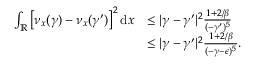
\begin{array} { r l } { \int _ { \mathbb { R } } \left[ \nu _ { x } ( \gamma ) - \nu _ { x } ( \gamma ^ { \prime } ) \right] ^ { 2 } \mathrm { d } x } & { \leq \vert \gamma - \gamma ^ { \prime } \vert ^ { 2 } \frac { 1 + 2 / \beta } { ( - \gamma ^ { \prime } ) ^ { 5 } } } \\ & { \leq \vert \gamma - \gamma ^ { \prime } \vert ^ { 2 } \frac { 1 + 2 / \beta } { ( - \gamma - \epsilon ) ^ { 5 } } . } \end{array}